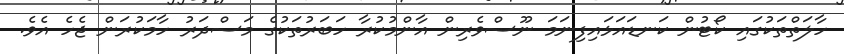
ހާލަތްތަކުގައި ކޯޓުން ކަނޑައަޅައިފިނަަމަ ނޫސްވެރިން އާންމުކުރާ ހަބަރުތަކުގެ މަސްދަރު ހާމަކުރަން ޖެހެ އެވެ.